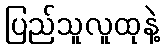
ပြည်သူလူထုနဲ့